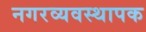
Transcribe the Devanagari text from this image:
नगरव्यवस्थापक